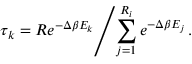
\left. \tau _ { k } = R e ^ { - \Delta \beta E _ { k } } \middle / \sum _ { j = 1 } ^ { R _ { i } } e ^ { - \Delta \beta E _ { j } } \, . \right.